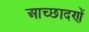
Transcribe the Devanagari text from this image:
आच्छादणें